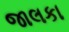
જાલકા